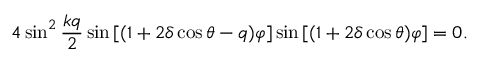
4 \sin ^ { 2 } { \frac { k q } { 2 } } \sin { [ ( 1 + 2 \delta \cos { \theta } - q ) \varphi ] } \sin { [ ( 1 + 2 \delta \cos { \theta } ) \varphi ] } = 0 .